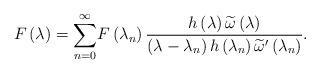
LaTeX: \begin{align*}F\left( \lambda \right) =\overset{\infty }{\underset{n=0}{\sum }}F\left(\lambda _{n}\right) \frac{h\left( \lambda \right) \widetilde{\omega }\left(\lambda \right) }{\left( \lambda -\lambda _{n}\right) h\left( \lambda_{n}\right) \widetilde{\omega }^{\prime }\left( \lambda _{n}\right) }. \end{align*}